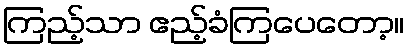
ကြည့်သာ ဧည့်ခံကြပေတော့။